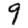
Digit: 9